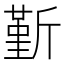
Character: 斳